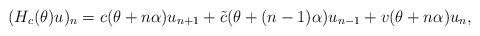
LaTeX: \begin{align*}(H_{c}(\theta)u)_n=c(\theta+n\alpha)u_{n+1}+\tilde{c}(\theta+(n-1)\alpha)u_{n-1}+v(\theta+n\alpha)u_{n},\end{align*}